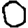
Digit: 0